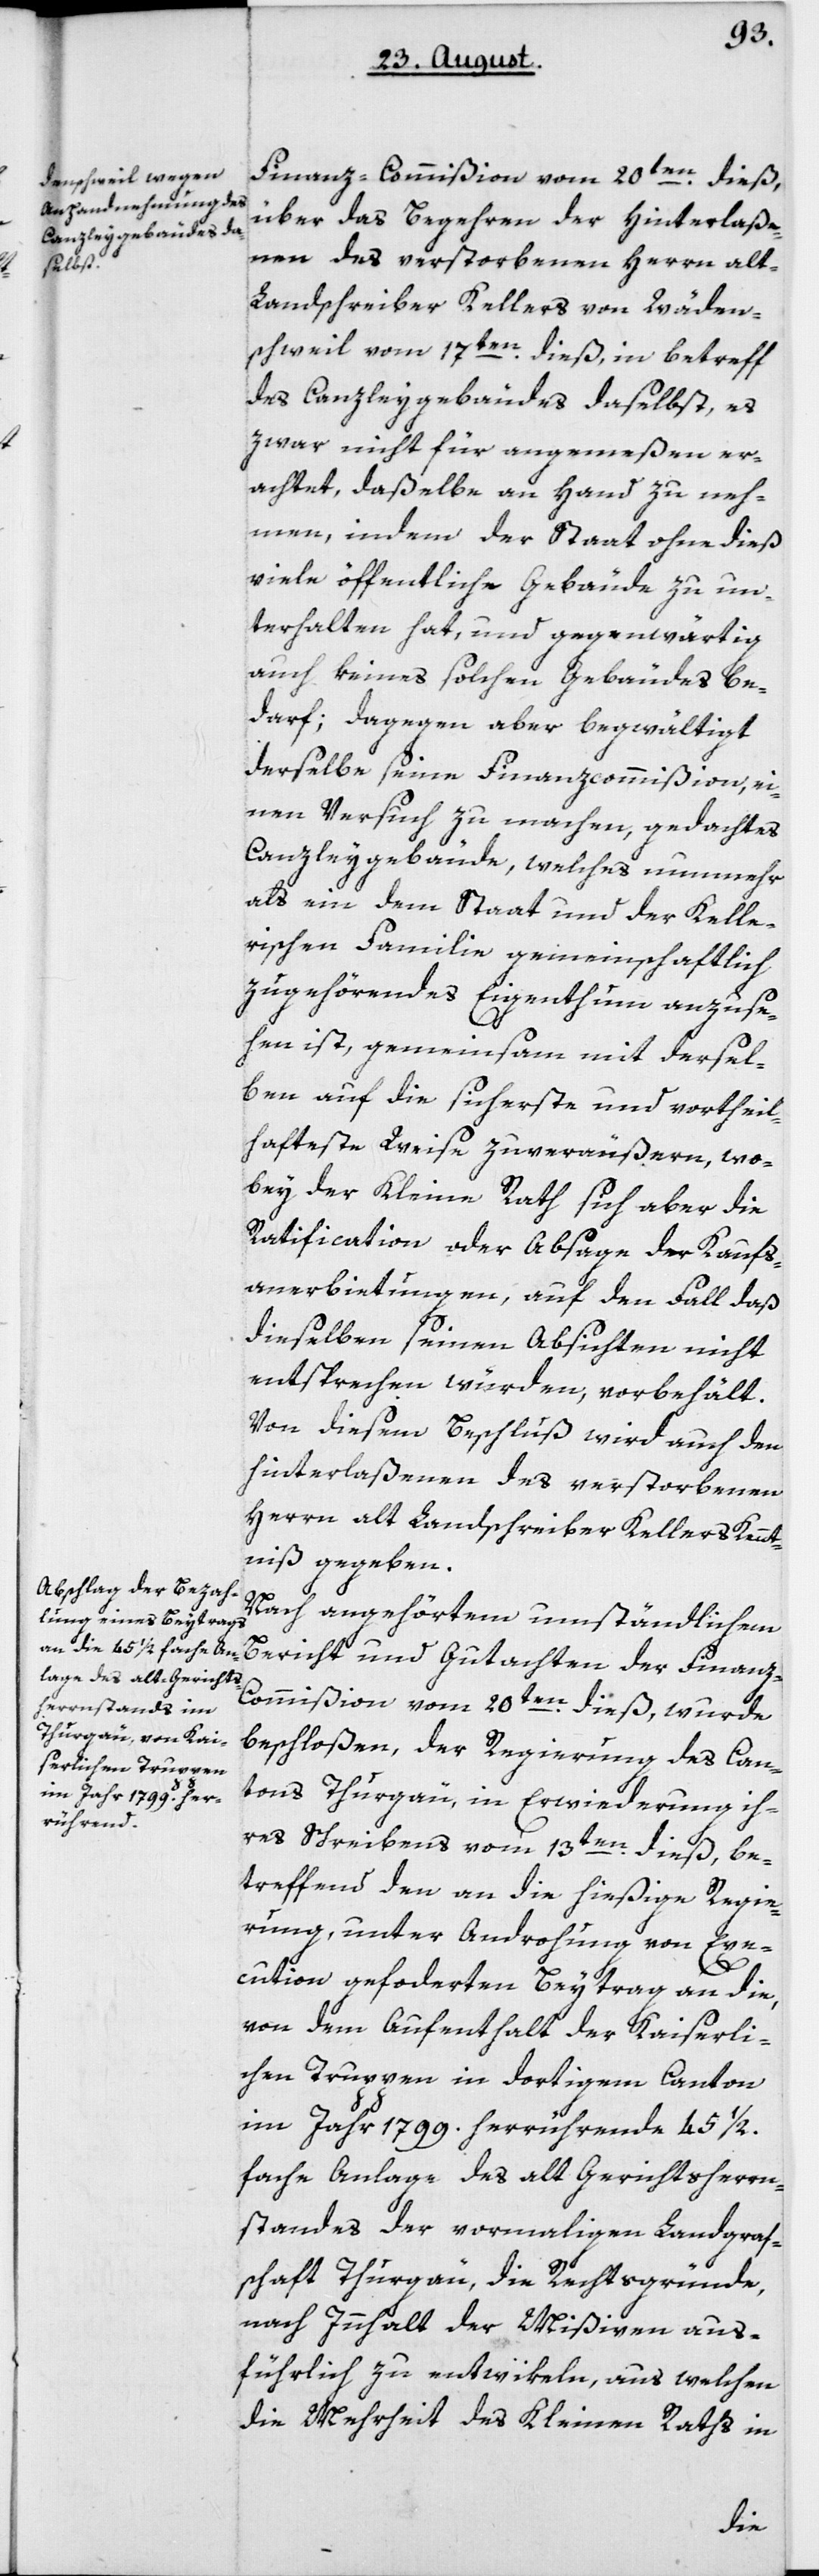
Finanz-Commißion vom 20ten dieß,
über das Begehren der Hinterlaße¬
nen des verstorbenen Herrn alt
Landschreiber Kellers von Wäden¬
schweil vom 17ten dieß, in betreff
des Canzleygebäudes daselbst, es
zwar nicht für angemeßen er¬
achtet, daßelbe an Hand zu neh¬
men, indem der Staat ohne dieß
viele öffentliche Gebäude zu un¬
terhalten hat, und gegenwärtig
auch keines solchen Gebäudes be¬
darf; dagegen aber begwältigt
derselbe seine Finanzcommißion, ei¬
nen Versuch zu machen, gedachtes
Canzleygebäude, welches nunmehr
als ein dem Staat und der Kelle¬
rischen Familie gemeinschaftlich
zugehörendes Eigenthum anzuse¬
hen ist, gemeinsam mit dersel¬
ben auf die sicherste und vortheil¬
hafteste Weise zu veräußern, wo¬
bey der Kleine Rath sich aber die
Ratification oder Absage der Kaufs¬
anerbietungen, auf den Fall daß
dieselben seinen Absichten nicht
entsprechen würden, vorbehält.
Von diesem Beschluß wird auch den
Hinterlaßenen des verstorbenen
Herrn alt Landschreiber Kellers Kennt¬
niß gegeben.
Nach angehörtem umständlichen
Bericht und Gutachten der Finan¬
z-Commißion vom 20ten dieß, wurde
beschloßen, der Regierung des Can¬
tons Thurgau in Erwiederung ih¬
res Schreibens vom 13ten dieß, be¬
treffend den an die hießige Regie¬
rung, unter Androhung von Exe¬
cution geforderten Beytrag an die,
von dem Aufenthalt der kaiserli¬
chen Truppen in dortigem Canton
im Jahr 1799 herrührende 45 1/2
fache Anlage des alt Gerichtsherren¬
standes der vormaligen Landgraf¬
schaft Thurgau, die Rechtsgründe,
nach Inhalt der Mißiven aus¬
führlich zu entwikeln, aus welchen
die Mehrheit des Kleinen Raths in